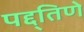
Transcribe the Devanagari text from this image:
पद्द्तिणे